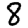
Digit: 8